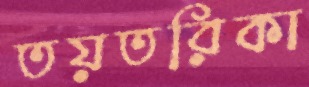
তয়তরিকা